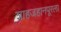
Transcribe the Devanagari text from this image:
शाहजहानपूरला